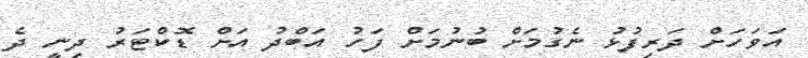
އަވަހަށް ދަރިފުޅު ނެގުމަށް ބުނުމަށް ފަހު އަބްދު އަަށް ޑޮކްޓަރު ދިނީ ދެ